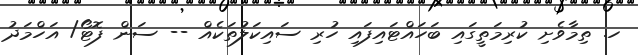
ހ. ތިމާވެށި ކުރިމަތީގައި ބަހަައްޓައިފައި ހުރި ސައިކަލުތަކެއް -- ސަން ފޮޓޯ/ އަހްމަދު